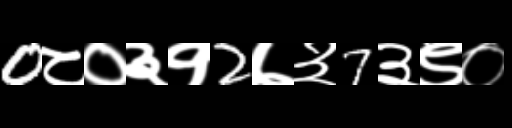
Text: 0८०३१2७३7३९०